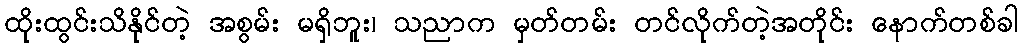
ထိုးထွင်းသိနိုင်တဲ့ အစွမ်း မရှိဘူး၊ သညာက မှတ်တမ်း တင်လိုက်တဲ့အတိုင်း နောက်တစ်ခါ